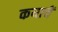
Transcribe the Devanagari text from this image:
कयाचें